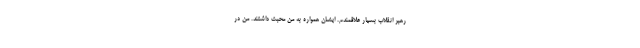
رهبر انقلاب بسیار علاقمندم. ایشان همواره به من محبت داشتند. من در